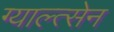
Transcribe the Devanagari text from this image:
ग्याल्त्सेन